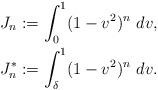
LaTeX: \begin{align*} J_{n} & := \int_{0}^{1}(1-v^{2})^{n}\ dv,\\J_{n}^{*} & := \int_{\delta}^{1}(1-v^{2})^{n}\ dv.\end{align*}